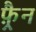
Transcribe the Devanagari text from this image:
फ़्रैन